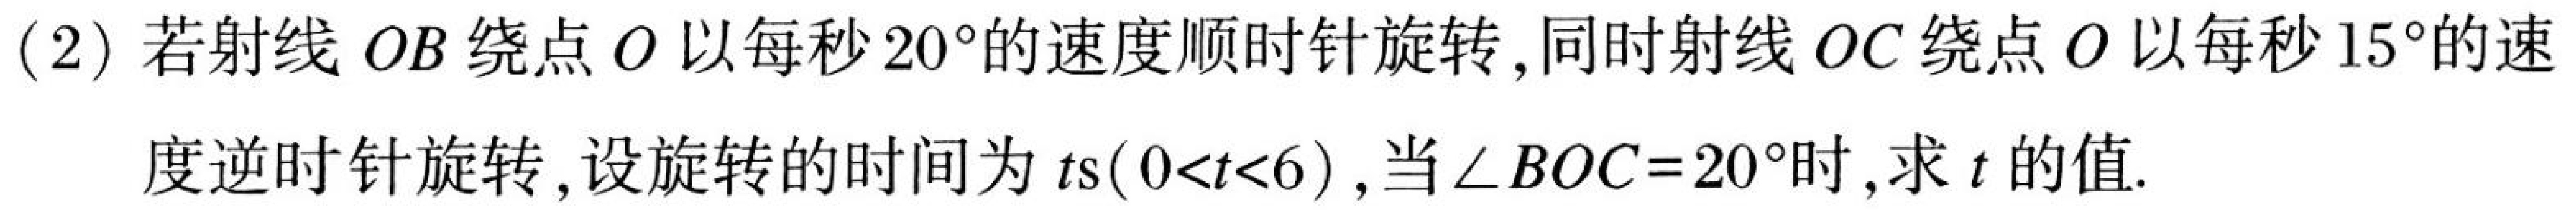
(2) 若射线 \(OB\) 绕点 \(O\) 以每秒 \(20^{\circ}\)的速度顺时针旋转,同时射线 \(OC\) 绕点 \(O\) 以每秒 \(15^{\circ}\)的速
度逆时针旋转,设旋转的时间为 \(t\text{s}(0<t<6)\),当 \(\angle BOC = 20^{\circ}\)时,求 \(t\)的值.